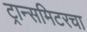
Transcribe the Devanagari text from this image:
ट्रान्समिटरचा